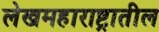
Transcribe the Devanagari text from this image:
लेखमहाराष्ट्रातील